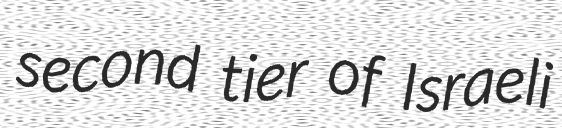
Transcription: second tier of Israeli